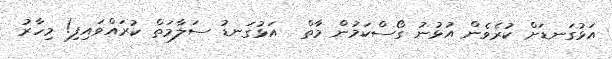
އަޅުގަނޑަށް ކުރެވެން އުޅުނު ގޯސްކަމުން މާތް  އަޅުގަނޑު ސަލާމަތް ކުރައްވައިފި! މިހާރު